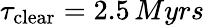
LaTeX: \tau_{\mathrm{clear}}=2.5\, Myrs